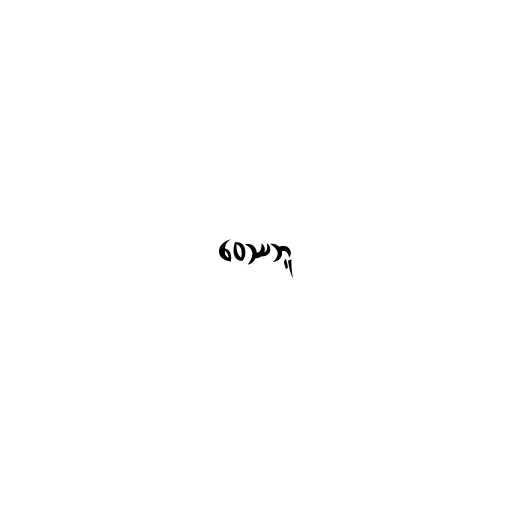
ဝေဿဘူ